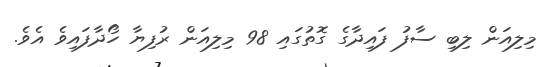
މިލިއަން ލިބި ސާފު ފައިދާގެ ގޮތުގައި 98 މިލިއަން ރުފިޔާ ހޯދާފައިވެ އެވެ.